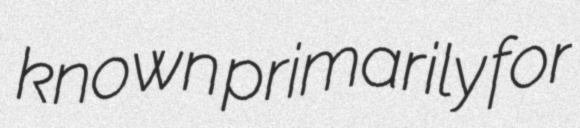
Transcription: known primarily for